Statistics compiled by the Government of India from the reports of provincial Civil Veterinary Departments
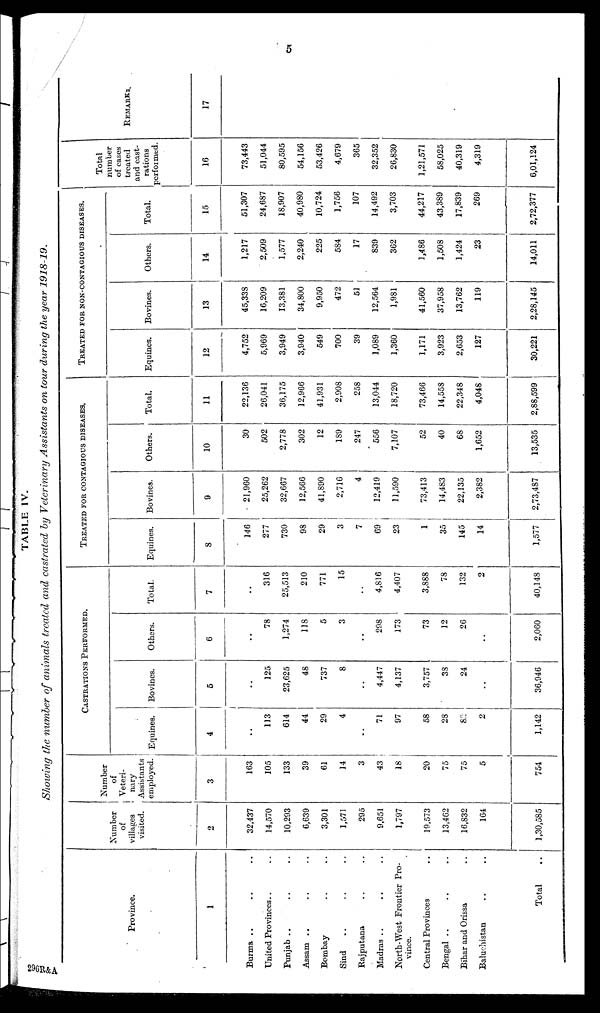
5
TABLE IV.
Showing the number of animals treated and castrated by Veterinary Assistants on tour during the year 1918-19.
Province.
1
Burma .. .. ..
United Provinces.. ..
Punjab .. .. ..
Assam .. .. ..
Bombay .. ..
Sind
.. .. ..
Rajputana .. ..
Madras .. .. ..
North-West Frontier Pro-
vince.
Central Provinces ..
Bengal .. .. ..
Bihar and Orissa ..
Baluchistan .. ..
Total ..
Number
of
villages
visited.
2
32,437
14,570
10,293
6,639
3,301
1,571
295
9,651
1,797
19,573
13,462
16,832
164
1,30,585
Number
of
Veteri-
nary
Assistants
employed.
3
163
105
133
39
61
14
3
43
18
20
75
75
5
754
CASTRATION
PERFORMED.
Equines.
4
..
113
614
44
29
4
..
71
97
58
28
82
2
1,142
Bovines.
5
..
125
23,625
48
737
8
..
4,447
4,137
3,757
38
24
..
36,946
Others.
6
..
78
1,274
118
5
3
..
298
173
73
12
26
..
2,060
Total.
7
..
316
25,513
210
771
15
..
4,816
4,407
3,888
78
132
2
40,148
TREATED FOR CONTAGIOUS DISEASES.
Equines.
8
146
277
730
98
29
3
7
69
23
1
35
145
14
1,577
Bovines.
9
21,960
25,262
32,667
12,566
41,890
2,716
4
12,419
11,590
73,413
14,483
22,135
2,382
2,73,487
Others.
10
30
502
2,778
302
12
189
247
556
7,107
52
40
68
1,652
13,535
Total.
11
22,136
26,041
36,175
12,966
41,931
2,908
258
13,044
18,720
73,466
14,558
22,348
4,048
2,88,599
TREATED FOR NON-CONTAGIOUS DISEASES.
Equines.
12
4,752
5,969
3,949
3,940
549
700
39
1,089
1,360
1,171
3,923
2,653
127
30,221
Bovines.
13
45,338
16,209
13,381
34,800
9,950
472
51
12,564
1,981
41,560
37,958
13,762
119
2,28,145
Others.
14
1,217
2,509
1,577
2,240
225
584
17
839
362
1,486
1,508
1,424
23
14,011
Total.
15
51,307
24,687
18,907
40,980
10,724
1,756
107
14,492
3,703
44,217
43,389
17,839
269
2,72,377
Total
number
of cases
treated
and cast-
rations
performed.
16
73,443
51,044
80,595
54,156
53,426
4,679
365
32,352
26,830
1,21,571
58,025
40,319
4,319
6,01,124
REMARKS.
17
296R&A